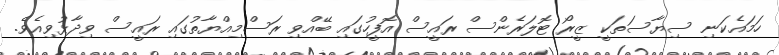
ހަމައެކަނި ސިޔާސަތަކީ ޒީރޯ ޓޮލަރެންސް ރައީސް އޮފީހުގައި ބޭއްވި ރަސްމިއްޔާތުގައި ރައީސް ވިދާޅުވިއެވެ.